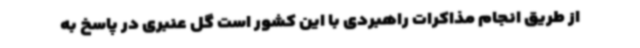
از طریق انجام مذاکرات راهبردی با این کشور است گل عنبری در پاسخ به